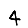
Digit: 4